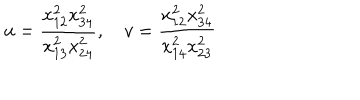
u = \frac { x _ { 1 2 } ^ { 2 } x _ { 3 4 } ^ { 2 } } { x _ { 1 3 } ^ { 2 } x _ { 2 4 } ^ { 2 } } , \quad v = \frac { x _ { 1 2 } ^ { 2 } x _ { 3 4 } ^ { 2 } } { x _ { 1 4 } ^ { 2 } x _ { 2 3 } ^ { 2 } }